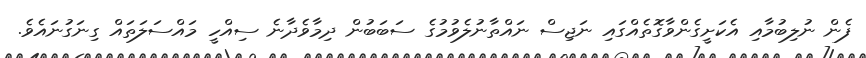
ފެން ނުލިބުމާއި އެކަށީގެންވާގޮތެއްގައި ނަޖިސް ނައްތާނުލެވުމުގެ ސަބަބުން ދިމާވެދާނެ ސިއްހީ މައްސަލަތައް ގިނަގުނައެވެ.